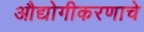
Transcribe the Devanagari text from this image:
औद्योगीकरणाचे